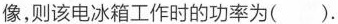
像，则该电冰箱工作时的功率为()。